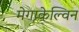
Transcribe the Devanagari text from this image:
मेगाकेल्विन